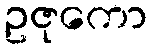
ဥဇုကော